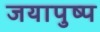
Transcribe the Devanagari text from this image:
जयापुष्प